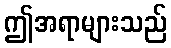
ဤအရာများသည်